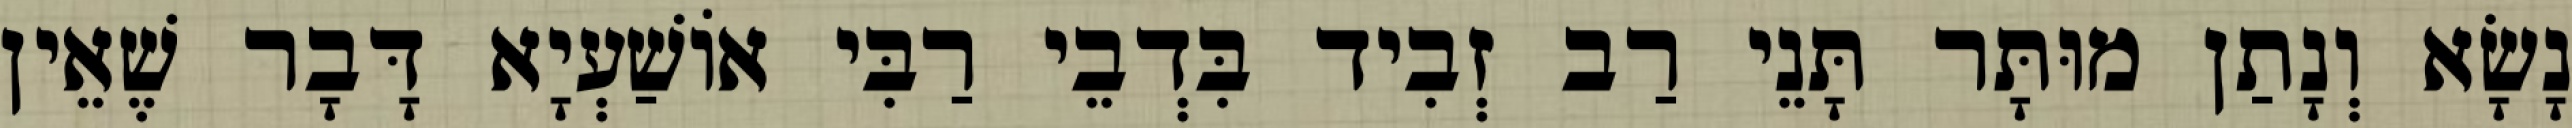
נָשָׂא וְנָתַן מוּתָּר תָּנֵי רַב זְבִיד בִּדְבֵי רַבִּי אוֹשַׁעְיָא דָּבָר שֶׁאֵין